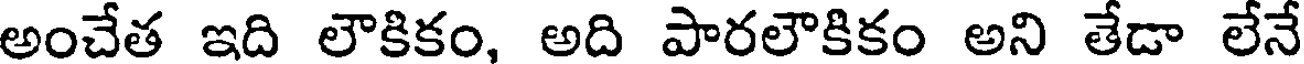
అంచేత ఇది లౌకికం, అది పారలౌకికం అని తేడా లేనే